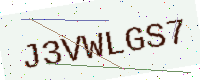
Text: J3VWLGS7